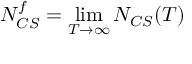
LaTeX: N _ { C S } ^ { f } = \operatorname * { l i m } _ { T \rightarrow \infty } N _ { C S } ( T )